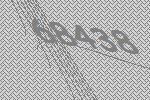
68438